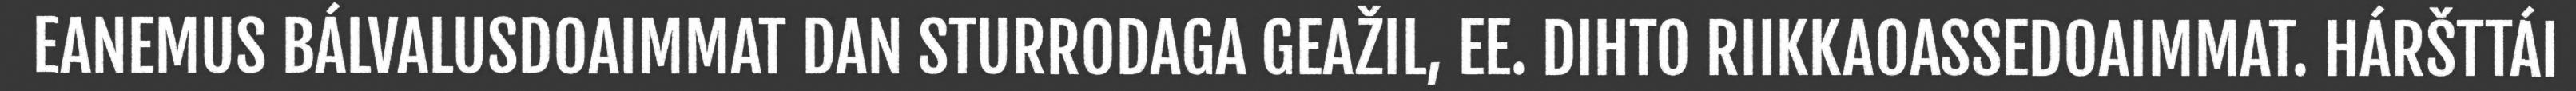
EANEMUS BÁLVALUSDOAIMMAT DAN STURRODAGA GEAŽIL, EE. DIHTO RIIKKAOASSEDOAIMMAT. HÁRŠTTÁI